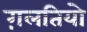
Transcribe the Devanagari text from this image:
ग़लतियो